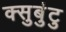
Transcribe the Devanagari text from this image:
क्सुबुंटु